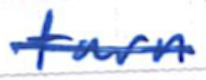
Text: turn
Cross-out: single-line
Writing tool: ballpoint